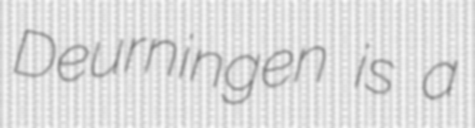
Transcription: Deurningen is a